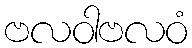
ဗလဝါဗလဝံ